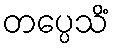
တပ္ပေသိံ